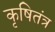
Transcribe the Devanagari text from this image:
कृषितंत्र